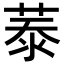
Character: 𦲑